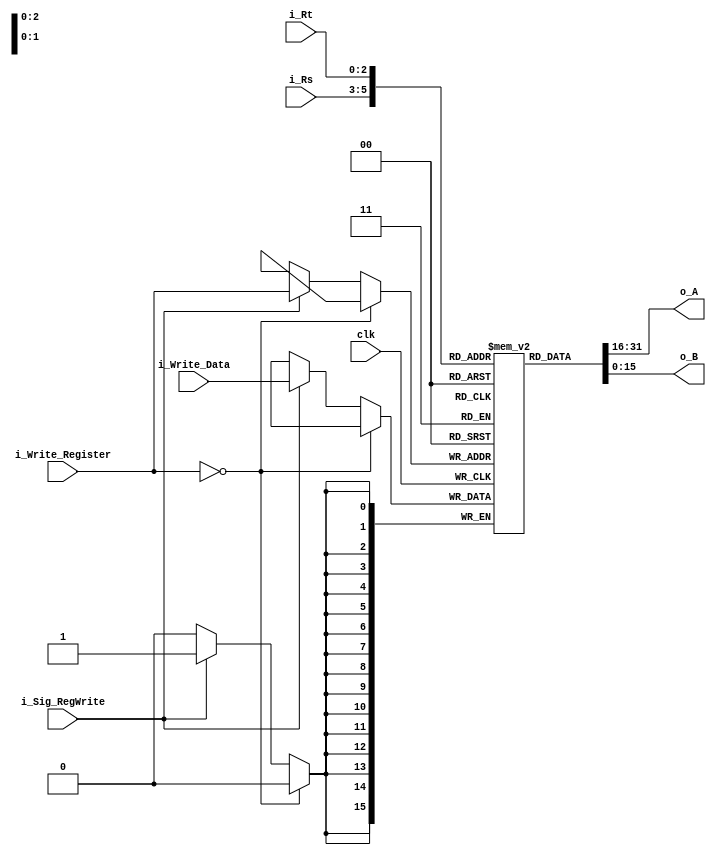
module register_file(
    clk,
    i_Sig_RegWrite,
    i_Write_Register,
    i_Write_Data,
    i_Rs,
    i_Rt,
    o_A,
    o_B
    );
    
    input clk;
    input i_Sig_RegWrite;
    input [2:0] i_Write_Register;
    input [15:0] i_Write_Data;
    input [2:0] i_Rs;
    input [2:0] i_Rt;
    output [15:0] o_A;
    output [15:0] o_B;
    
    reg [15:0] r_registers [7:0];
    initial r_registers[0] = 0;
    
    integer i = 0;
    
    initial begin 
        for( i = 1; i < 8; i = i + 1)
            r_registers[i] = 0;
    end
    
    assign o_A = r_registers[i_Rs];
    assign o_B = r_registers[i_Rt];
    
    always @( posedge clk) begin 
        if( i_Write_Register == 0)
            $display("You can not change zero register o_O");
        else begin
            if( i_Sig_RegWrite == 1)
                r_registers[i_Write_Register] = i_Write_Data;
        end
    end
    
endmodule